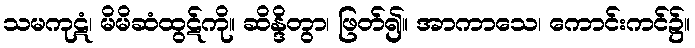
သမကုဋံ၊ မိမိဆံထွဋ်ကို။ ဆိန္ဒိတွာ၊ ဖြတ်၍။ အာကာသေ၊ ကောင်းကင်၌။